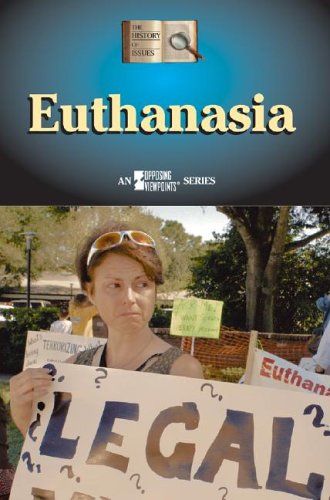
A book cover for Euthanasia (History of Issues); Loreta M. Medina; Teen & Young Adult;